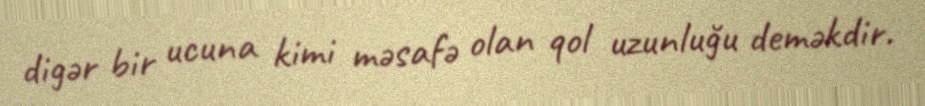
digər bir ucuna kimi məsafə olan qol uzunluğu deməkdir.